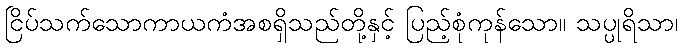
ငြိပ်သက်သောကာယကံအစရှိသည်တို့နှင့် ပြည့်စုံကုန်သော။ သပ္ပုရိသာ၊